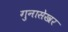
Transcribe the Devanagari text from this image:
गुनासेखर